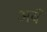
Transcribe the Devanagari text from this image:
अबँ